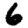
Digit: 6